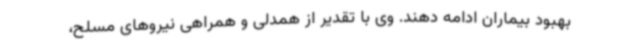
بهبود بیماران ادامه دهند. وی با تقدیر از همدلی و همراهی نیروهای مسلح،